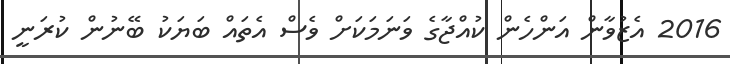
2016 އެޒުވާން އަންހެން ކުއްޖާގެ ވަނަމަކަށް ވެސް އެތައް ބަޔަކު ބޭނުން ކުރަނީ